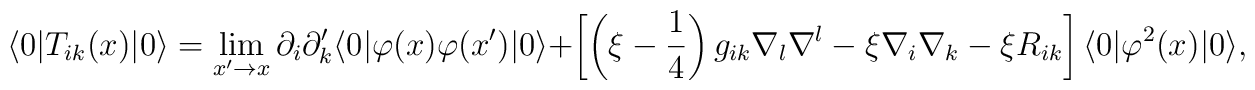
\langle 0|T_{ik}(x)|0\rangle =\lim_{x^{\prime }\rightarrow x}\partial_{i}\partial _{k}^{\prime }\langle 0|\varphi (x)\varphi (x^{\prime})|0\rangle +\left[ \left( \xi -\frac{1}{4}\right) g_{ik}\nabla _{l}\nabla^{l}-\xi \nabla _{i}\nabla _{k}-\xi R_{ik}\right] \langle 0|\varphi^{2}(x)|0\rangle ,